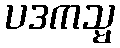
ပဒကသ္မ